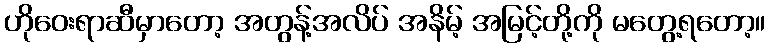
ဟိုဝေးရာဆီမှာတော့ အတွန့်အလိပ် အနိမ့် အမြင့်တို့ကို မတွေ့ရတော့။